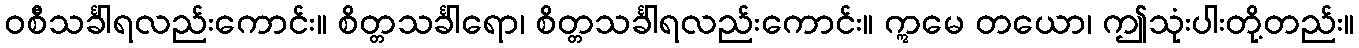
ဝစီသင်္ခါရလည်းကောင်း။ စိတ္တသင်္ခါရော၊ စိတ္တသင်္ခါရလည်းကောင်း။ ဣမေ တယော၊ ဤသုံးပါးတို့တည်း။